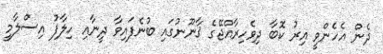
ދެން އެހެންވީ އިރު ކޮބާ ދިވެހިރާއްޖޭގެ ޤާނޫނުގައި ބުނެފައިވާ ދީނާއި ހިލާފު އިސްލާމީ